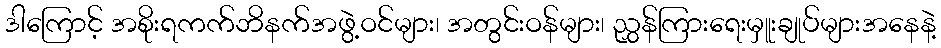
ဒါကြောင့် အစိုးရကက်ဘိနက်အဖွဲ့ဝင်များ၊ အတွင်းဝန်များ၊ ညွှန်ကြားရေးမှူးချုပ်များအနေနဲ့